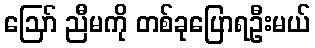
ဪ ညီမကို တစ်ခုပြောရဦးမယ်